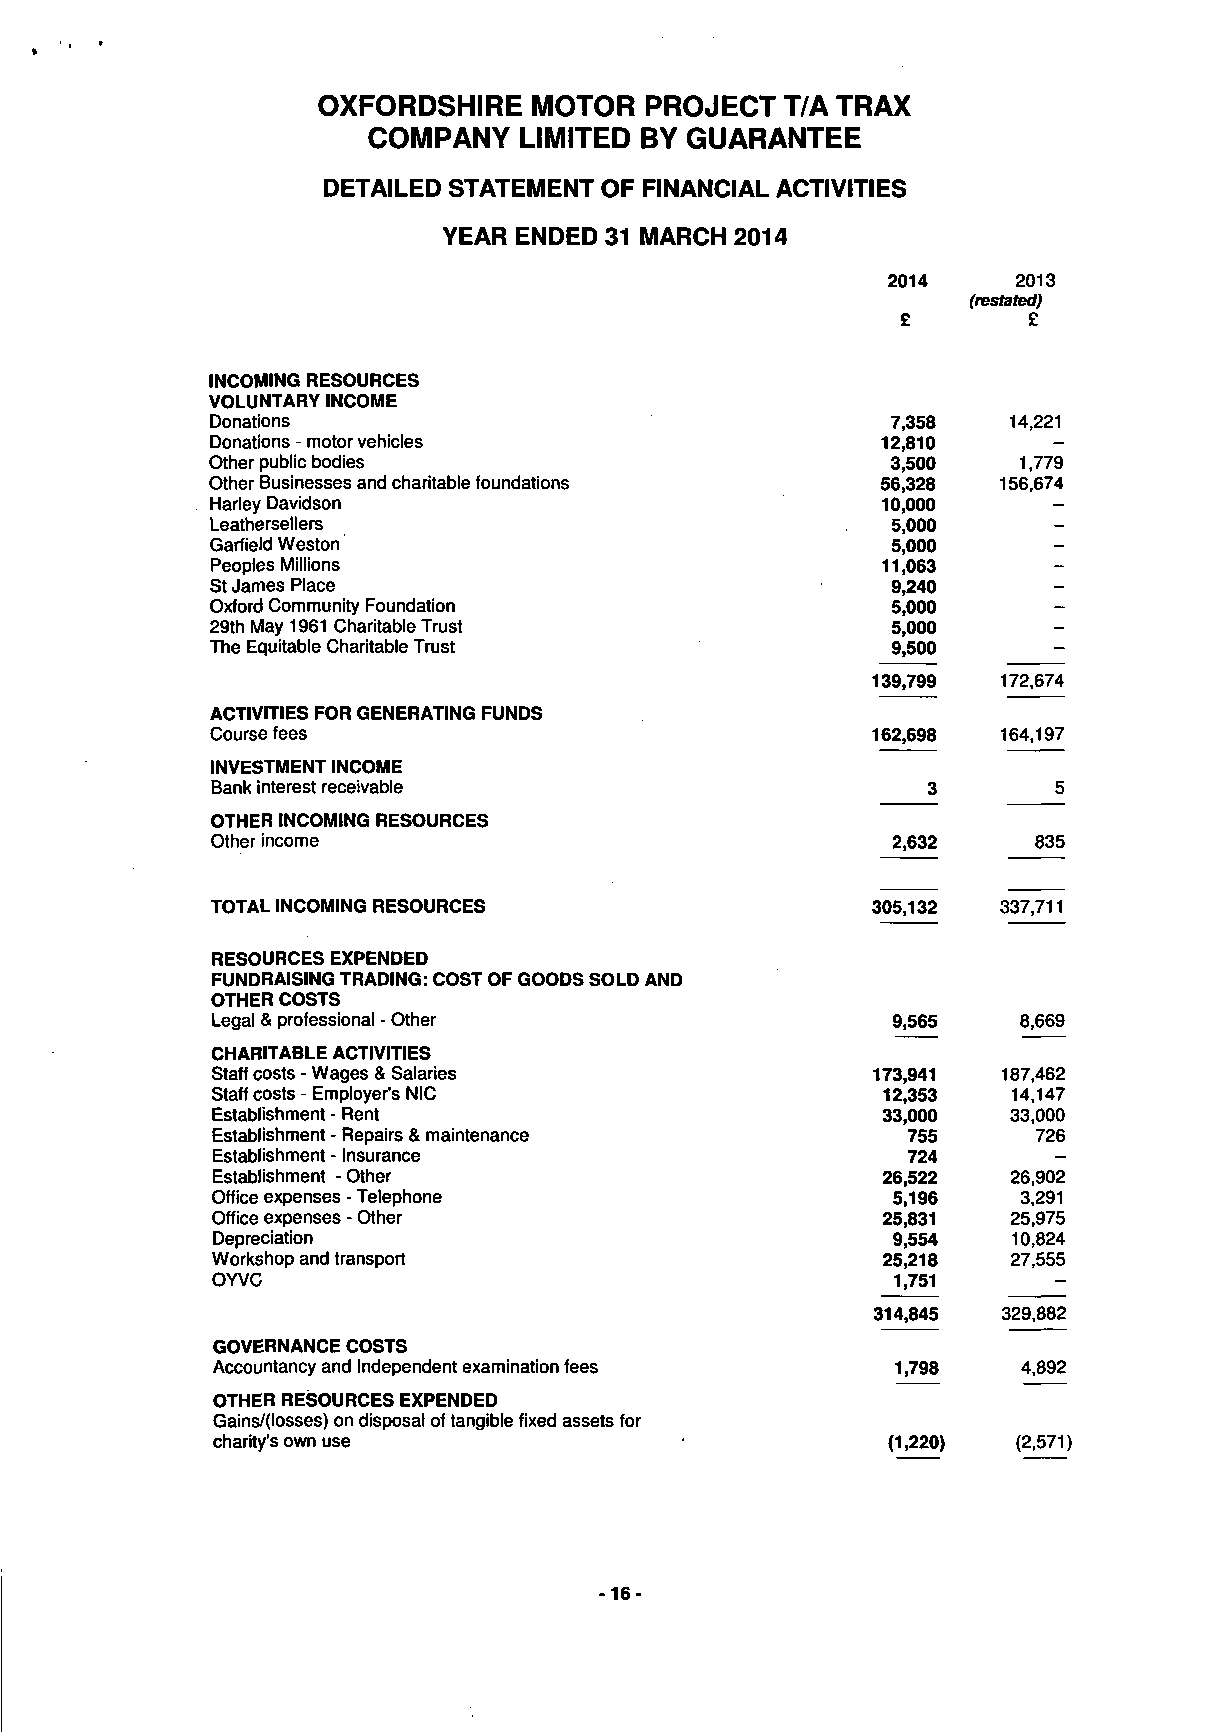
OXFORDSHIRE   MOTOR   PROJECT  T/A TRAX
 COMPANY   LIMITED  BY GUARANTEE
 DETAILED STATEMENT OF FINANCIAL ACTIVITIES
 YEAR ENDED 31 MARCH 2014
 2014
 £
 INCOMING RESOURCES
 VOLUNTARY INCOME
 Donations                                    7,358
 Donations - motor vehicles                  12,810
 Other public bodies                          3,500
 Other Businesses and charitable foundations  56,328
 Harley Davidson                              10,000
 Leathersellers                               5,000
 Garfield Weston                              5,000
 Peoples Millions                             11,063
 St James Place                               9,240
 Oxford Community Foundation                  5,000
 29th May 1961 Charitable Trust               5,000
 The Equitable Charitable Trust               9,500
 139,799
 ACTIVITIES FOR GENERATING FUNDS
 Course fees                                 162,698
 INVESTMENT INCOME
 Bank interest receivable                        3
 OTHER INCOMING RESOURCES
 Other income                                 2,632
 TOTAL INCOMING RESOURCES                    305,132
 RESOURCES EXPENDED
 FUNDRAISING TRADING: COST OF GOODS SOLD AND
 OTHER COSTS
 Legal & professional - Other                  9,565
 CHARITABLE ACTIVITIES
 Staff costs - Wages & Salaries              173,941
 Staff costs - Employer's NIC                 12,353
 Establishment - Rent                         33,000
 Establishment - Repairs & maintenance         755
 Establishment - Insurance                     724
 Establishment - Other                        26,522
 Office expenses - Telephone                  5,196
 Office expenses - Other                     25,831
 Depreciation                                 9,554
 Workshop and transport                       25,218
 OYVC                                         1,751
 314,845
 GOVERNANCE COSTS
 Accountancy and Independent examination fees  1,798
 OTHER RESOURCES EXPENDED
 Gains/(losses) on disposal of tangible fixed assets for
 charity's own use                            (1,220)
 -16-